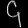
Digit: ၄